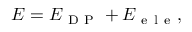
E = E _ { \mathrm { ~ D ~ P ~ } } + E _ { \mathrm { ~ e ~ l ~ e ~ } } ,